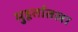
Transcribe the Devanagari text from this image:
मुहूर्तातला